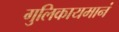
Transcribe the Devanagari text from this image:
गुलिकायमानं